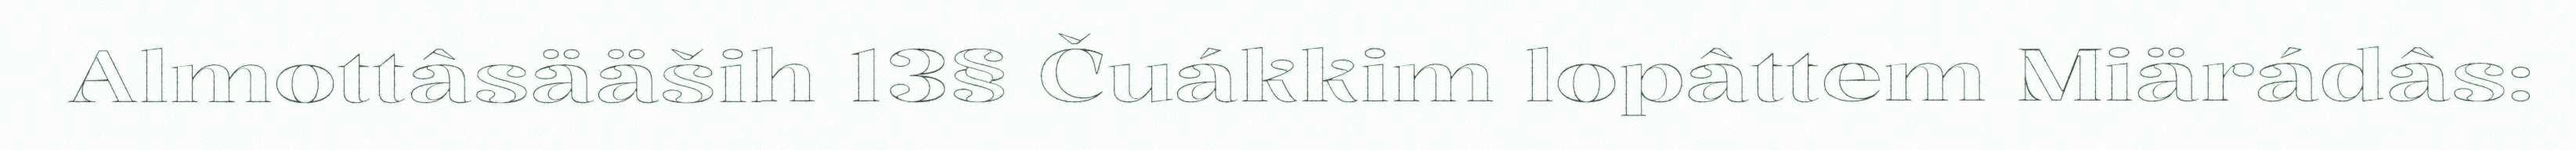
Almottâsääših 13§ Čuákkim lopâttem Miärádâs: